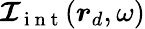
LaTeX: \boldsymbol{\mathcal{I}}_{\mathrm{~i~n~t~}}(\boldsymbol{r}_{d},\omega)